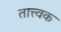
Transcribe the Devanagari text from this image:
तात्त्वक